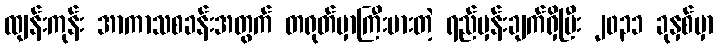
ထျန်းကုန်း အာကာသစခန်းအတွက် တရုတ်မှာကြီးမားတဲ့ ရည်မှန်းချက်ရှိပြီး ၂၀၃၁ ခုနှစ်မှာ